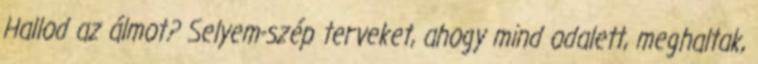
Hallod az álmot? Selyem-szép terveket, ahogy mind odalett, meghaltak,